Annual administration report of the Civil Veterinary Department of India - 1910-1911
Year: 1910
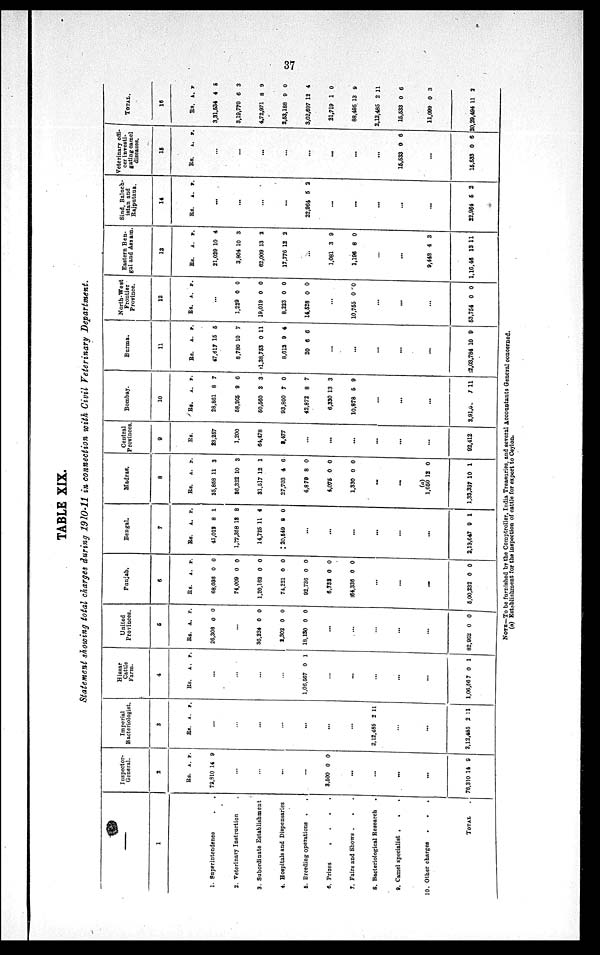
37
TABLE XIX.
Statement showing total charges during 1910-11 in connection with Civil Veterinary Department.
—
1
1. Superintendence . .
2. Veterinary Instruction
3. Subordinate Establishment
4. Hospitals and Dispensaries
5. Breeding operations . . .
6. Prizes . . . .
7. Fairs and Shows . . .
8. Bacteriological Research . . .
9. Camel specialist . . .
10. Other charges
. . .
TOTAL .
Inspector-
General.
2
Rs.
72,810
...
...
...
...
3,500
...
...
...
...
76,310
A.
14
0
14
P.
9
0
9
Imperial
Bacteriologist.
3
Rs.
...
...
...
...
...
...
...
2,12,485
...
...
2,12,485
A.
2
2
P.
11
11
Hissar
Cattle
Farm.
4
Rs.
...
...
...
...
1,06,567
...
...
...
...
...
1,06,56 7
A.
0
0
P.
1
1
United
Provices.
5
Rs.
26,306
...
36,224
2,302
18,130
...
...
...
...
...
82,962
A.
0
0
0
0
0
P.
0
0
0
0
0
Punjab.
6
Rs.
68,036
74,009
1,20,162
74,221
92,736
6,732
64,336
...
...
...
5,00,232
A.
0
0
0
0
0
0
0
0
P.
0
0
0
0
0
0
0
0
Bengal.
7
Rs.
41,013
1,37,358
14,725
20,549
...
...
...
...
...
...
2,13,647
A.
8
18
11
8
9
P.
1
8
4
0
1
Madras.
8
Rs.
25,858
36,322
31,517
27,703
4,879
4,075
1,330
...
...
(a)
1,650
1,33,337
A.
11
10
12
4
8
0
0
12
10
P.
3
3
1
6
0
0
0
0
1
Central
Provinces.
9
Rs.
23,257
1,200
64,478
3,477
...
...
...
...
...
....
92,412
Bombay.
10
Rs.
28,861
58,265
50,560
93,800
42,872
6,330
10,878
...
...
....
2,91,6
A.
8
9
3
7
8
13
5
7
P.
7
6
3
0
7
3
9
11
Burma.
11
Rs.
47,617
8,780
1,38,753
8,612
20
...
...
...
...
...
2,03,784
A.
15
10
0
9
6
10
P.
5
7
11
4
6
9
North-West
Frontier
Province.
12
Rs.
...
1,229
19,019
8,223
14,528
...
10,755
...
...
...
53,754
A.
0
0
0
0
0
0
P.
0
0
0
0
0
0
Eastern Ben-
gal and Assam.
13
Rs.
21,029
3,804
62,009
17,776
...
1,081
1,196
...
...
9,448
1,16,46
A.
10
10
13
12
3
8
4
13
P.
4
3
2
2
9
0
3
11
Sind, Baluch-
istan
and
Rajputana.
14
Rs.
...
...
...
...
22,964
...
...
...
...
...
22,964
A.
5
5
P.
2
2
Veterinary offi-
cer investi-
gating camel
diseases.
15
Rs.
...
...
...
...
...
...
...
...
15,533
...
15,533
A.
0
0
P.
6
6
TOTAL.
16
Rs.
3,31,534
3,19,770
4,72,971
2,53,188
3,02,697
21,719
88,495
2,12,485
15,533
11,099
20,29,494
A.
4
6
8
9
12
1
13
2
0
0
11
P.
5
3
9
0
4
0
9
11
6
3
2
NOTE—To be furnished by the Comptroller, India Treasuries, and several Accountants General concerned.
(a) Establishment for the inspection of cattle for export to Ceylon.